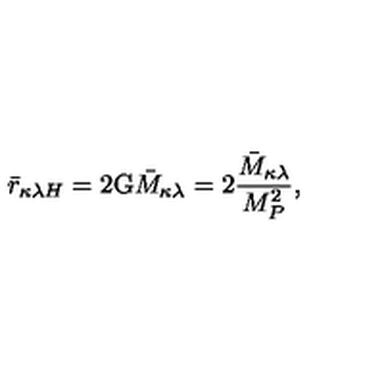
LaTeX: \bar { r } _ { \kappa \lambda H } = 2 \mathrm { G } \bar { M } _ { \kappa \lambda } = 2 \frac { \bar { M } _ { \kappa \lambda } } { M _ { P } ^ { 2 } } ,